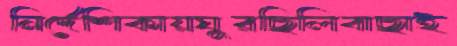
নির্দেশিকায়ঘুরছিলিবাছাই